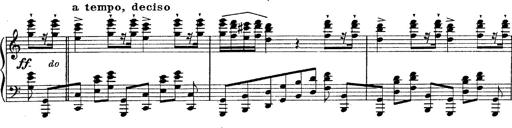
Title: Fantasie Ã¼ber Themen aus Mozarts Figaro und Don Giovanni
Composer: Franz Liszt